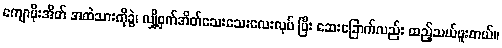
ကျောပိုးအိတ် အထဲသားကိုခွဲ၊ လျှို့ဝှက်အိတ်သေးသေးလေးလုပ် ပြီး ဆေးခြောက်လည်း ထည့်သယ်ဖူးတယ်။